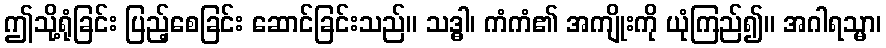
ဤသို့ရုံခြင်း ပြည့်စေခြင်း ဆောင်ခြင်းသည်။ သဒ္ဓါ၊ ကံကံ၏ အကျိုးကို ယုံကြည်၍။ အဂါရသ္မာ၊